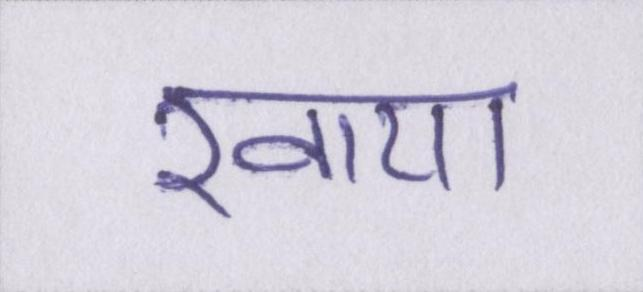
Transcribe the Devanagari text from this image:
खाया